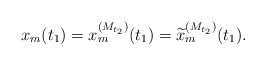
\begin{align*}x_m(t_1)=x_m^{(M_{t_2})}(t_1)=\widetilde{x}_m^{(M_{t_2})}(t_1).\end{align*}